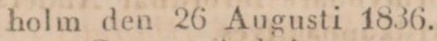
holm den 26 Augusti 1836.